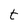
Character: t